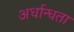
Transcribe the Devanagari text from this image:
अर्धान्धता